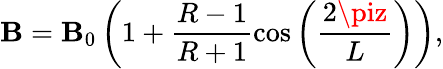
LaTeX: \mathbf{B}=\mathbf{B}_{0}\left(1+\frac{{R-1}}{{R+1}}\cos\left(\frac{{2\piz}}{{L}}\right)\right),